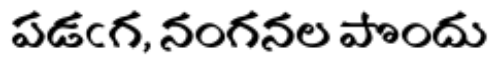
పడఁగ, నంగనల పొందు